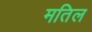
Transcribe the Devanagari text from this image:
मतिल